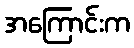
အကြောင်းက